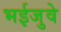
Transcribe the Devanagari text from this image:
भईजुवे